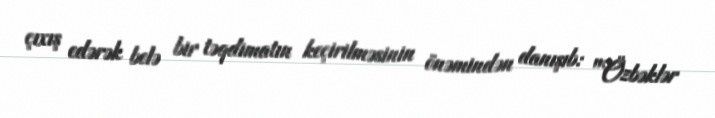
çıxış edərək belə bir təqdimatın keçirilməsinin önəmindən danışıb: "Özbəklər